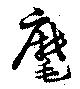
麾